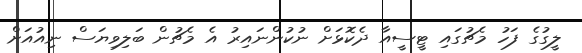
ލީގުގެ ފަހު މެޗުގައި ޓީސީއާ ދެކޮޅަށް ނުކުންނައިރު އެ މެޗުން ބަލިވިޔަސް ނިއުއަށް